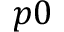
p 0